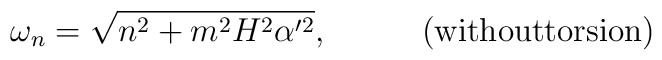
\omega_n=\sqrt{n^2 + m^2H^2\alpha'^2},\;\;\;\;\;\;\;\;\;\;\mbox{(withouttorsion)}